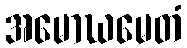
အမောဃမေတံ